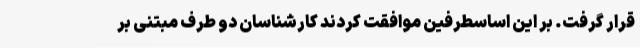
قرار گرفت. بر این اساسطرفین موافقت کردند کارشناسان دو طرف مبتنی بر